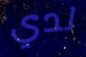
لدي